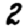
Digit: 2